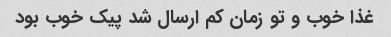
غذا خوب و تو زمان کم ارسال شد پیک خوب بود